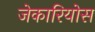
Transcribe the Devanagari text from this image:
जेकारियोस